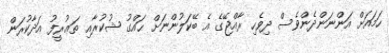
ހަމައަށް އަންނަންދެންވެސް ދިވެހި ރާއްޖޭގެ އެ ބޭކަލުންނަށް ޙައްގު ޝުކުރާއި ތަޢުރީފު އަދާކުރަން